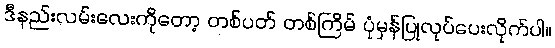
ဒီနည်းလမ်းလေးကိုတော့ တစ်ပတ် တစ်ကြိမ် ပုံမှန်ပြုလုပ်ပေးလိုက်ပါ။